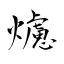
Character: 爈